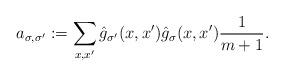
LaTeX: \begin{align*}a_{\sigma,\sigma'}:=\sum_{x,x'} \hat{g}_{\sigma'}(x,x') \hat{g}_\sigma (x,x')\frac{1}{m+1} .\end{align*}